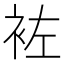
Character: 袏